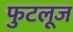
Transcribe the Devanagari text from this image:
फुटलूज